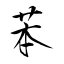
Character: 苯